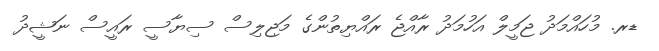
ޑރ. މުހައްމަދު ޖަމީލް އަހުމަދު ރާއްޖެ ރައްޔިތުންގެ މަޖިލިސް ސިޔާސީ ރައީސް ނަޝީދު